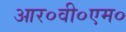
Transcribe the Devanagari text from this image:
आर०वी०एम०